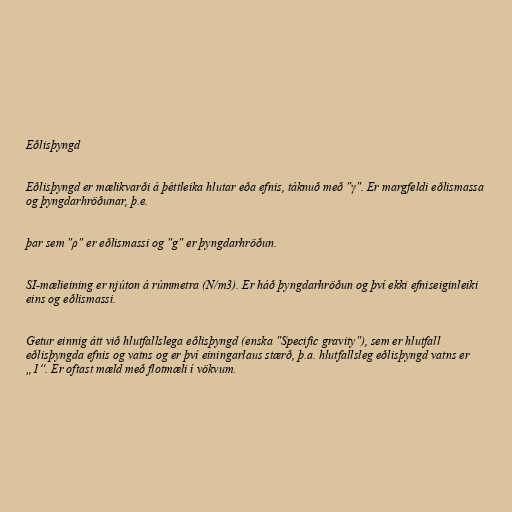
Eðlisþyngd

Eðlisþyngd er mælikvarði á þéttleika hlutar eða efnis, táknuð með "γ". Er margfeldi eðlismassa
og þyngdarhröðunar, þ.e.

þar sem "ρ" er eðlismassi og "g" er þyngdarhröðun.

SI-mælieining er njúton á rúmmetra (N/m3). Er háð þyngdarhröðun og því ekki efniseiginleiki
eins og eðlismassi.

Getur einnig átt við hlutfallslega eðlisþyngd (enska "Specific gravity"), sem er hlutfall
eðlisþyngda efnis og vatns og er því einingarlaus stærð, þ.a. hlutfallsleg eðlisþyngd vatns er
„1“. Er oftast mæld með flotmæli í vökvum.